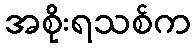
အစိုးရသစ်က